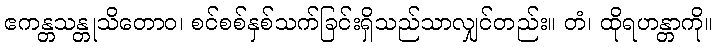
ဧကန္တသန္တုသိတောဝ၊ စင်စစ်နှစ်သက်ခြင်းရှိသည်သာလျှင်တည်း။ တံ၊ ထိုရဟန္တာကို။